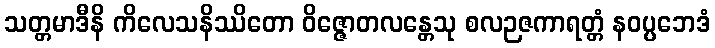
သတ္တမာဒီနိ ကိလေသနိဿိတော ဝိဇ္ဇောတလန္တေသု စလဉဇကာရတ္တံ နဝပ္ပဘေဒံ